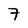
Character: 7